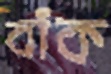
বাঁক